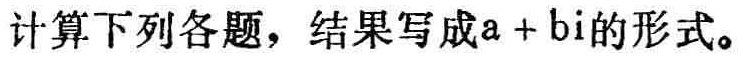
计算下列各题，结果写成\(a + bi\)的形式。